Vital statistics of India. Vol. VI, European troops 1870-79
Year: 1870
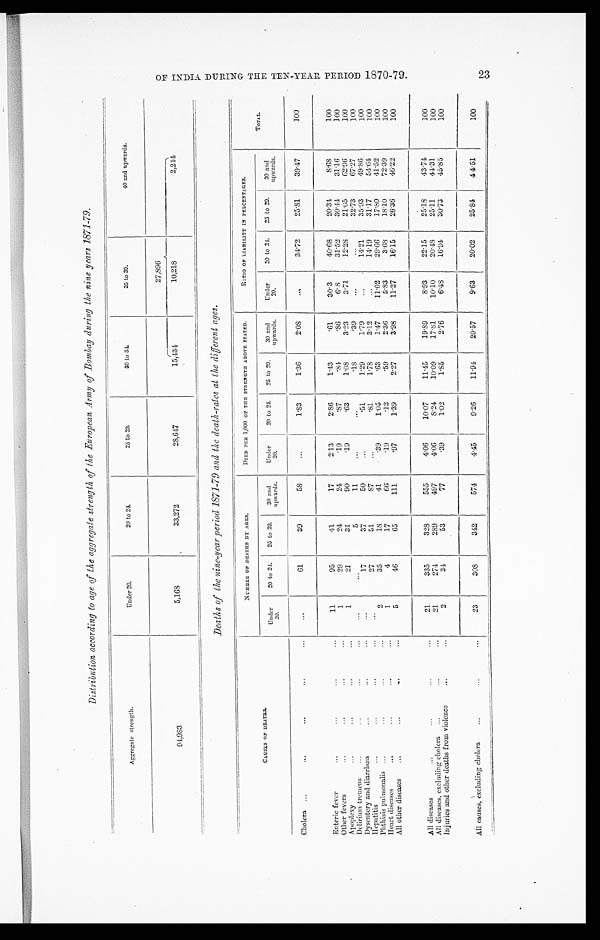
Distribution according to age of the aggregate strength of the European Army of Bombay during the nine years 1871-79.
Aggregate strength.
Under 20.
2 0 t o 2 4 .
25 to 29.
3 0 t o 3 4 .
35 to 39.
40 and upwards.
27,896
9 4 , 9 8 3
5,168
33,272
28,647
1 5 , 4 3 4
10,218
2 , 2 4 4
Deaths of the nine-year period 1871-79 and the death-rates at the different ages.
C A U S E S O F D E A T H S .
NUMBER OF DEATHS BY AGES.
DI ED P ER 1 , 0 0 0 OF THE S TRENGTH ABOVE S TATED.
R A T I O O F L I A B I L I T Y I N P E R C E N T A G E S .
TOTAL.
Under
20.
20 to 24. 25 to 29.
30 and
upwards.
Under
20.
20 to 24. 25 to 29.
30 and
upwards.
Under
20.
20 to 24.
25 to 29.
30 and
upwards.
Cholera
61
39
58
1.83
1.36
2 . 0 8
34.72
25.81
39. 47
100
Enteric fever
11
95
41
17
2.13
2 . 8 6
1.43
.61
30.3
40.68
20.34
8 . 6 8
100
Other fevers
1
29
24
24
.19
.87
.84
.86
6.8
31.52
30.44
31.16
100
Apoplexy
1
21
31
90
.19
.63
1.08
3.23
3.71
12. 28
21.05
62.96
100
Delirium tremens
5
11
.18
.39
32.73
67.27
100
Dysentery and diarrhœa
17
37
50
.51
1.29
1.79
14.21
35.93
49.86
100
Hepatitis
27
51
87
.81
1.78
3.12
14.19
31.17
54.64
100
Phthisis pulmonalis
2
35
18
41
.39
1.05
.63
1.47
11.02
29. 66
17. 80
41.52
1 0 0
Heart diseases
1
4
17
66
.19
.12
.59
2.36
5.83
3.68
18.10
72.39
100
All other diseases
5
46
65
111
.97
1.39
2 . 2 7
3.98
11.27
16.15
26.36
46. 22
100
All diseases
21
335
328
555
4 . 0 6
10.07
11.45
19.89
8.93
22.15
25.18
43.74
100
All diseases, excluding cholera
21
274
289
497
4 . 0 6
8.24
10. 09
17.81
10.10
20. 48
25.11
44.31
100
Injuries and other deaths from violence
2
34
53
77
.39
1.02
1.85
2.76
6 . 4 8
16.94
30.73
45.85
100
All causes, excluding cholera
23
308
342
574
4 . 4 5
9.26
11.94
20.57
9.63
20. 02
25.84
44.51
100
0 F I N D I A D U R I N G T H E T E N - Y E A R P E R I O D 1 8 7 0 - 7 9 . 2 3